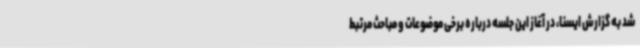
شد به گزارش ایسنا، در آغاز این جلسه درباره برخی موضوعات و مباحث مرتبط